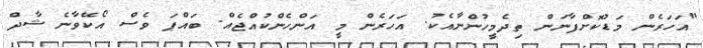
"އަހަރެން މަޑުކޮށްފާނަން ތިދެމީހުންނާއެކު. އަހަރެން މީ އަންހެންކުއްޖެއް. ބައްޕަ ވެސް އޯކޭވާނެ ޝާދް